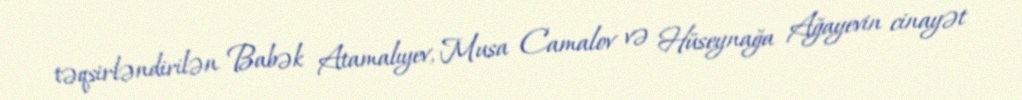
təqsirləndirilən Babək Atamalıyev, Musa Camalov və Hüseynağa Ağayevin cinayət